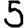
Digit: 5